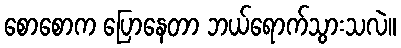
စောစောက ပြောနေတာ ဘယ်ရောက်သွားသလဲ။